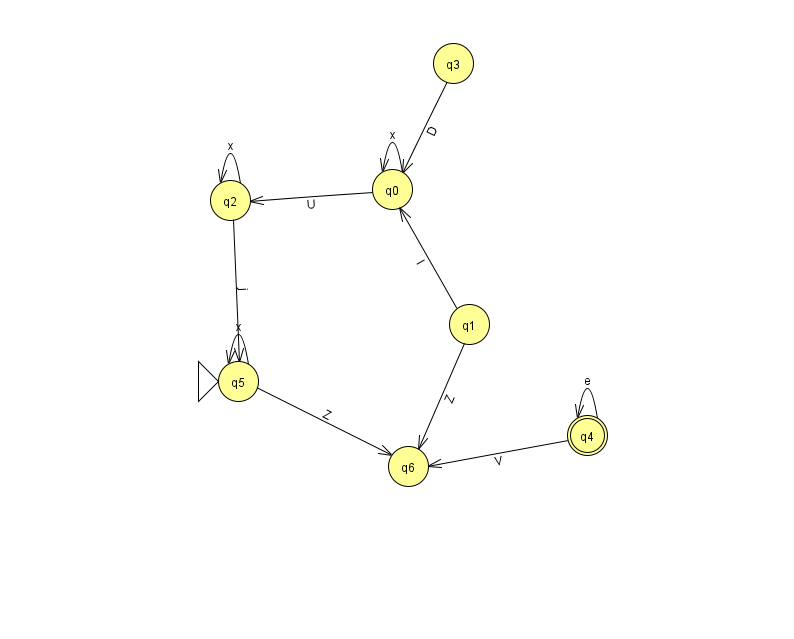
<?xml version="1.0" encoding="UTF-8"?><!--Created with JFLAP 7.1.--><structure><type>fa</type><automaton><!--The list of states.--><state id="0" name="q0"><x>392.0</x><y>176.0</y></state><state id="1" name="q1"><x>469.0</x><y>311.0</y></state><state id="2" name="q2"><x>230.0</x><y>187.0</y></state><state id="3" name="q3"><x>453.0</x><y>50.0</y></state><state id="4" name="q4"><x>587.0</x><y>422.0</y><final/></state><state id="5" name="q5"><x>238.0</x><y>368.0</y><initial/></state><state id="6" name="q6"><x>408.0</x><y>453.0</y></state><!--The list of transitions.--><transition><from>5</from><to>6</to><read>Z</read></transition><transition><from>4</from><to>4</to><read>e</read></transition><transition><from>0</from><to>0</to><read>x</read></transition><transition><from>2</from><to>2</to><read>x</read></transition><transition><from>5</from><to>5</to><read>x</read></transition><transition><from>3</from><to>0</to><read>D</read></transition><transition><from>2</from><to>5</to><read>j</read></transition><transition><from>4</from><to>6</to><read>V</read></transition><transition><from>1</from><to>0</to><read>I</read></transition><transition><from>0</from><to>2</to><read>U</read></transition><transition><from>1</from><to>6</to><read>Z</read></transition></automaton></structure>